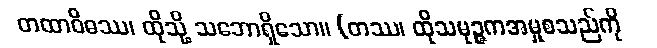
တထာဝိဓဿ၊ ထိုသို့ သဘောရှိသော။ (တဿ၊ ထိုသမုဉ္ဇကအမှုစသည်ကို